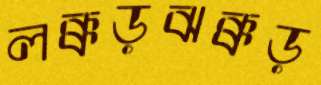
লক্কড়ঝক্কড়